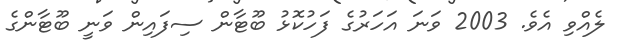
ލެއްވި އެވެ. 2003 ވަނަ އަހަރުގެ ފަހުކޮޅު ބޫޓާން ސިފައިން ވަނީ ބޫޓާންގެ